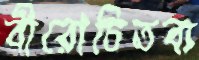
বীরোচিতব্য